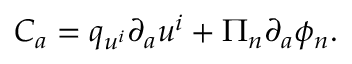
C _ { a } = q _ { u ^ { i } } \partial _ { a } u ^ { i } + \Pi _ { n } \partial _ { a } \phi _ { n } .